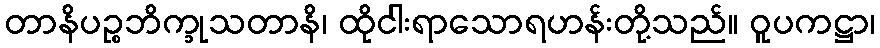
တာနိပဉ္စဘိက္ခုသတာနိ၊ ထိုငါးရာသောရဟန်းတို့သည်။ ဝူပကဋ္ဌာ၊